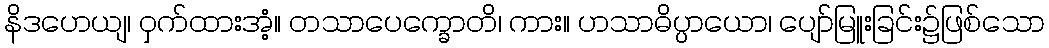
နိဒဟေယျ၊ ဝှက်ထားအံ့။ တသာပေက္ခောတိ၊ ကား။ ဟသာဓိပ္ပာယော၊ ပျော်မြူးခြင်း၌ဖြစ်သော